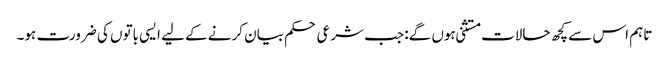
تاہم اس سے کچھ حالات مستثنی ہوں گے: جب شرعی حکم بیان کرنے کے لیے ایسی باتوں کی ضرورت ہو۔